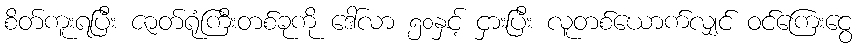
စိတ်ကူးရပြီး ဇာတ်ရုံကြီးတစ်ခုကို ဒေါ်လာ ၅၀နှင့် ငှားပြီး လူတစ်ယောက်လျှင် ဝင်ကြေးငွေ